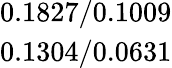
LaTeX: \begin{array}{c}{0.1827/0.1009}\\ {0.1304/0.0631}\end{array}